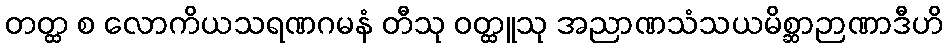
တတ္ထ စ လောကိယသရဏဂမနံ တီသု ဝတ္ထူသု အညာဏသံသယမိစ္ဆာဉာဏာဒီဟိ